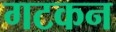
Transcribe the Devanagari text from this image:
गटकन